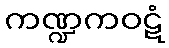
ကဏ္ဍကဝဋံ